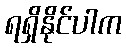
ရရှိနိုင်ပါက